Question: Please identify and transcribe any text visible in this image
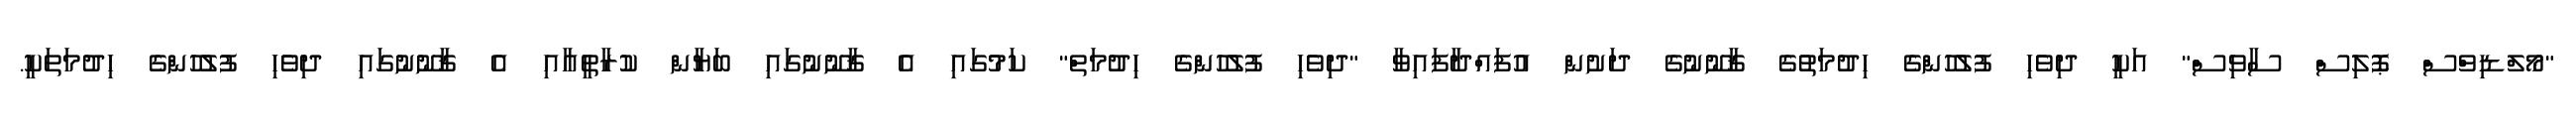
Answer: "މޯލްޑިވްސް ޕޮލިސް ސާވިސް" އަކީ ދިވެހި ފުލުހުންގެ ހިދުމަތުގެ ޤާނޫނުގެ ދަށުން އުފައްދާފައިވާ "ދިވެހި ފުލުހުންގެ ހިދުމަތް" ކަމުގައި އެ ޤާނޫނުގައި ބަޔާން ކުރާތީއާއި އެ ޤާނޫނުގައި ދިވެހި ފުލުހުންގެ ހިދުމަތަކީ.